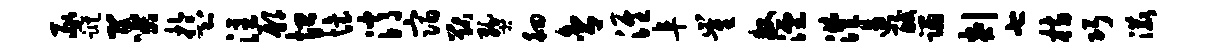
豕踪羹盂注鄢恤怡消宿猷燹徊舍淮阜崔牧湮澧遏酸蹋剡七枋巧漉